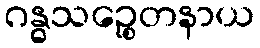
ဂန္ဓသဉ္စေတနာယ